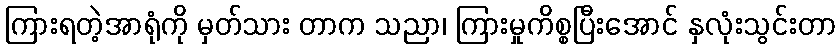
ကြားရတဲ့အာရုံကို မှတ်သား တာက သညာ၊ ကြားမှုကိစ္စပြီးအောင် နှလုံးသွင်းတာ